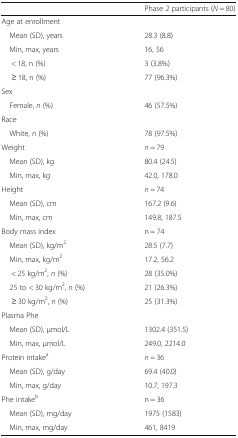
|  | Phase 2 participants (N = 80) |
 | --- | --- |
 | <COLSPAN=2> Age at enrollment |
 | Mean (SD), years | 28.3 (8.8) |
 | Min, max, years | 16, 56 |
 | < 18, n (%) | 3 (3.8%) |
 | ≥ 18, n (%) | 77 (96.3%) |
 | <COLSPAN=2> Sex |
 | Female, n (%) | 46 (57.5%) |
 | <COLSPAN=2> Race |
 | White, n (%) | 78 (97.5%) |
 | Weight | n = 79 |
 | Mean (SD), kg | 80.4 (24.5) |
 | Min, max, kg | 42.0, 178.0 |
 | Height | n = 74 |
 | Mean (SD), cm | 167.2 (9.6) |
 | Min, max, cm | 149.8, 187.5 |
 | Body mass index | n = 74 |
 | Mean (SD), kg/m2 | 28.5 (7.7) |
 | Min, max, kg/m2 | 17.2, 56.2 |
 | < 25 kg/m2, n (%) | 28 (35.0%) |
 | 25 to < 30 kg/m2, n (%) | 21 (26.3%) |
 | ≥ 30 kg/m2, n (%) | 25 (31.3%) |
 | <COLSPAN=2> Plasma Phe |
 | Mean (SD), μmol/L | 1302.4 (351.5) |
 | Min, max, μmol/L | 249.0, 2214.0 |
 | Protein intakea | n = 36 |
 | Mean (SD), g/day | 69.4 (40.0) |
 | Min, max, g/day | 10.7, 197.3 |
 | Phe intakeb | n = 36 |
 | Mean (SD), mg/day | 1975 (1583) |
 | Min, max, mg/day | 461, 8419 |